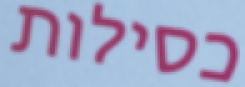
כסילות